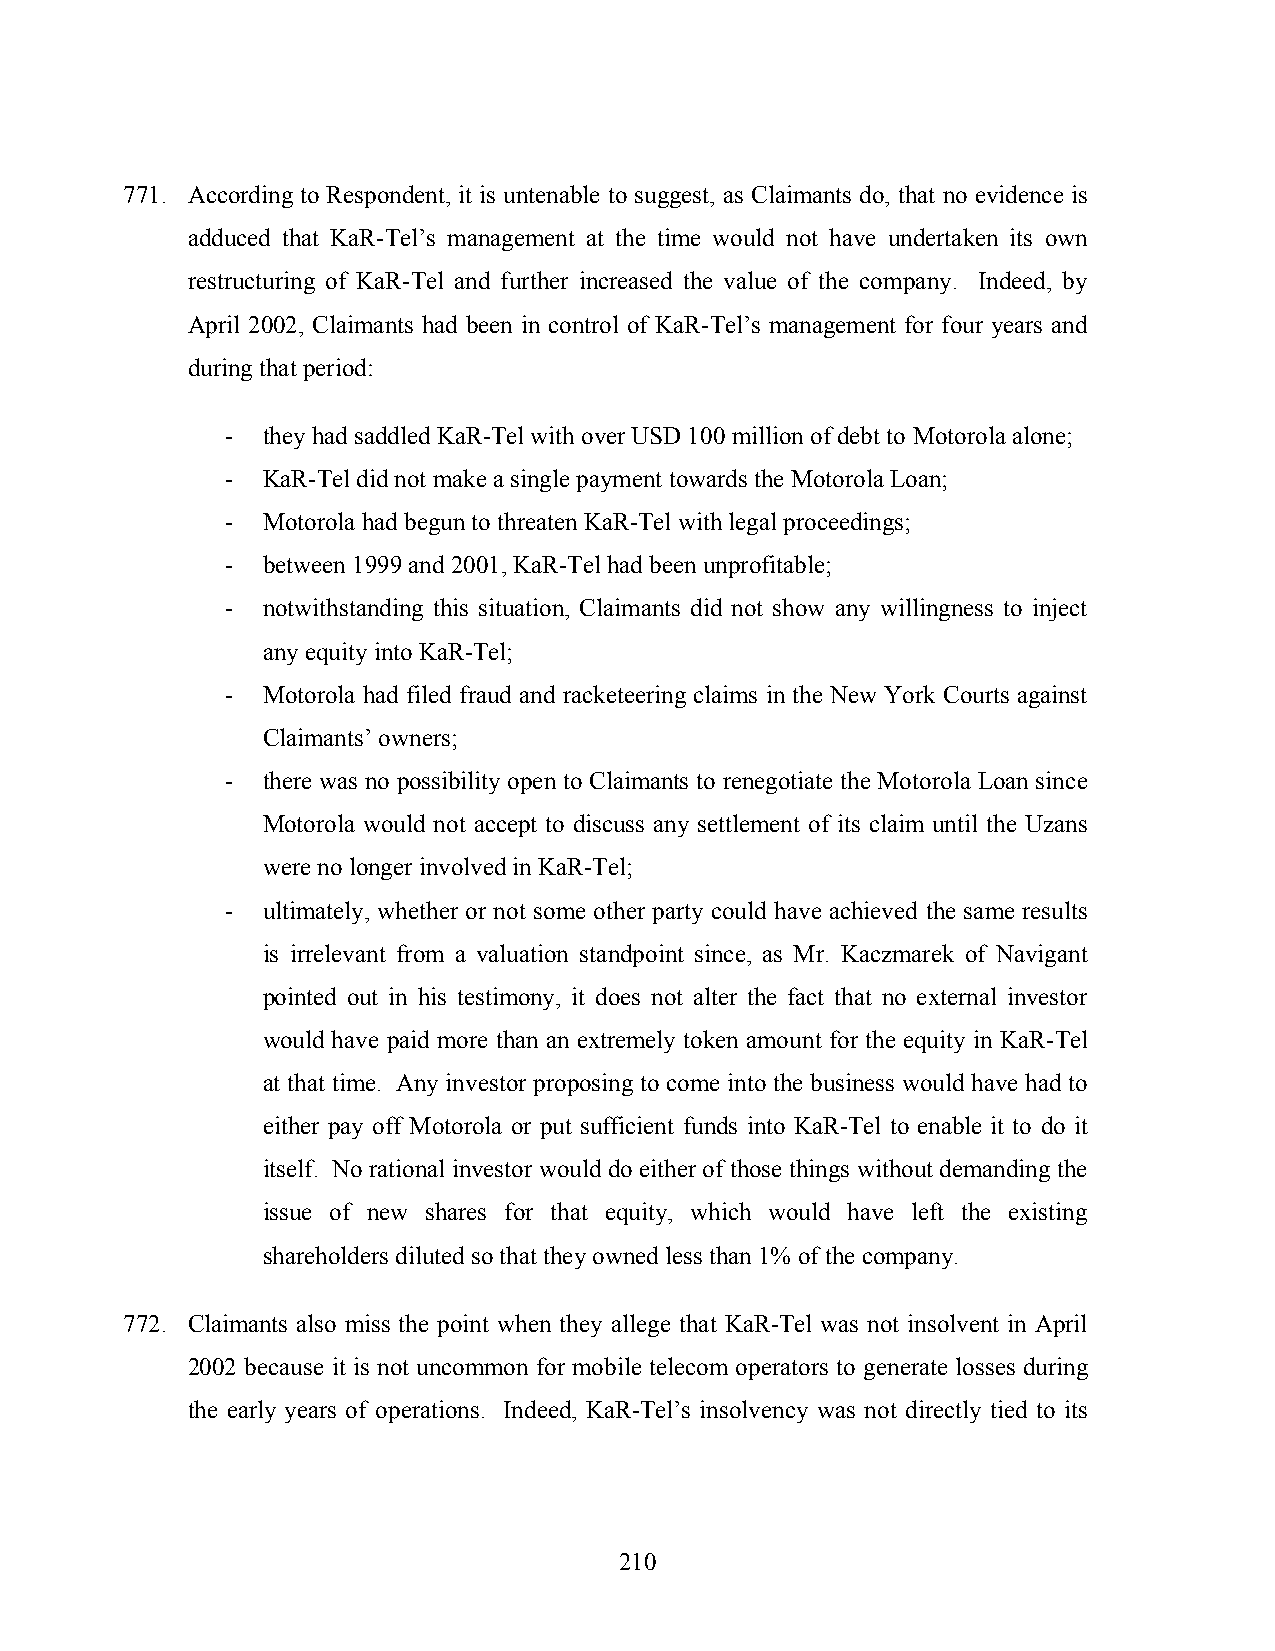
771. According to Respondent, it is untenable to suggest, as Claimants do, that no evidence is
 adduced that KaR-Tel’s management at the time would not have undertaken its own
 restructuring of KaR-Tel and further increased the value of the company. Indeed, by
 April 2002, Claimants had been in control of KaR-Tel’s management for four years and
 during that period:
 - they had saddled KaR-Tel with over USD 100 million of debt to Motorola alone;
 - KaR-Tel did not make a single payment towards the Motorola Loan;
 - Motorola had begun to threaten KaR-Tel with legal proceedings;
 - between 1999 and 2001, KaR-Tel had been unprofitable;
 - notwithstanding this situation, Claimants did not show any willingness to inject
 any equity into KaR-Tel;
 - Motorola had filed fraud and racketeering claims in the New York Courts against
 Claimants’ owners;
 - there was no possibility open to Claimants to renegotiate the Motorola Loan since
 Motorola would not accept to discuss any settlement of its claim until the Uzans
 were no longer involved in KaR-Tel;
 - ultimately, whether or not some other party could have achieved the same results
 is irrelevant from a valuation standpoint since, as Mr. Kaczmarek of Navigant
 pointed out in his testimony, it does not alter the fact that no external investor
 would have paid more than an extremely token amount for the equity in KaR-Tel
 at that time. Any investor proposing to come into the business would have had to
 either pay off Motorola or put sufficient funds into KaR-Tel to enable it to do it
 itself. No rational investor would do either of those things without demanding the
 issue of new shares for that equity, which would have left the existing
 shareholders diluted so that they owned less than 1% of the company.
 772. Claimants also miss the point when they allege that KaR-Tel was not insolvent in April
 2002 because it is not uncommon for mobile telecom operators to generate losses during
 the early years of operations. Indeed, KaR-Tel’s insolvency was not directly tied to its
 210